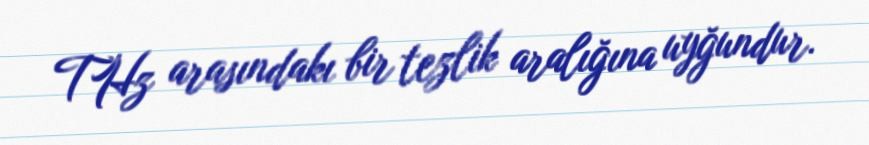
THz arasındakı bir tezlik aralığına uyğundur.